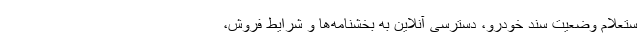
ستعلام وضعیت سند خودرو، دسترسی آنلاین به بخشنامه‌ها و شرایط فروش،